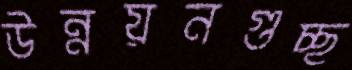
উন্নয়নগুচ্ছ